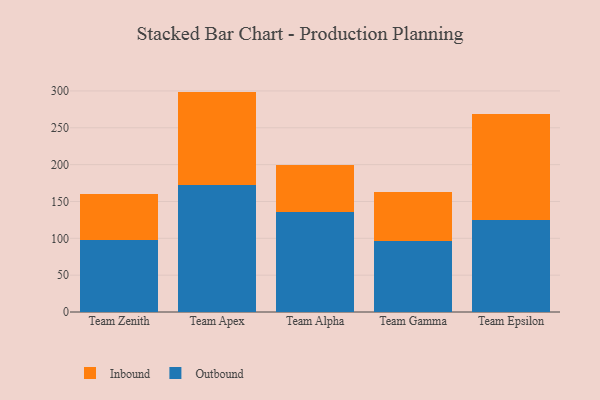
{"axis": {"x": "Team", "y": "Tickets Resolved"}, "legend": ["Inbound", "Outbound"], "data": [{"x": "Team Zenith", "y": 97.3, "type": "Outbound"}, {"x": "Team Zenith", "y": 62.3, "type": "Inbound"}, {"x": "Team Apex", "y": 172.0, "type": "Outbound"}, {"x": "Team Apex", "y": 127.1, "type": "Inbound"}, {"x": "Team Alpha", "y": 136.2, "type": "Outbound"}, {"x": "Team Alpha", "y": 63.8, "type": "Inbound"}, {"x": "Team Gamma", "y": 96.7, "type": "Outbound"}, {"x": "Team Gamma", "y": 66.0, "type": "Inbound"}, {"x": "Team Epsilon", "y": 125.1, "type": "Outbound"}, {"x": "Team Epsilon", "y": 143.4, "type": "Inbound"}]}